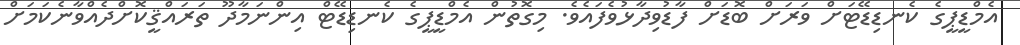
އެމްޑީޕީގެ ކެނޑިޑޭޓަށް ވަރަށް ބޮޑަށް ފާޑުވިދާޅުވެފައެވެ. މިގޮތުން އެމްޑީޕީގެ ކެނޑިޑޭޓް އިންނަމާދޫ ތަރައްޤީކޮށްދެއްވާނެކަމަށް